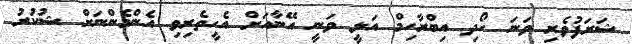
ޝަރަފުވެރި ވަނަ ހޯދި އިބްރާހިމް އަލީ ވަނީ އޭނާއަށް އެހީތެރިވި އެންމެންނަށް ޝުކުރު